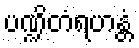
ပဏ္ဍိတံရဟန္တံ